Code of medical and sanitary regulations for the guidance of medical officers serving in the Madras Presidency - Volume I
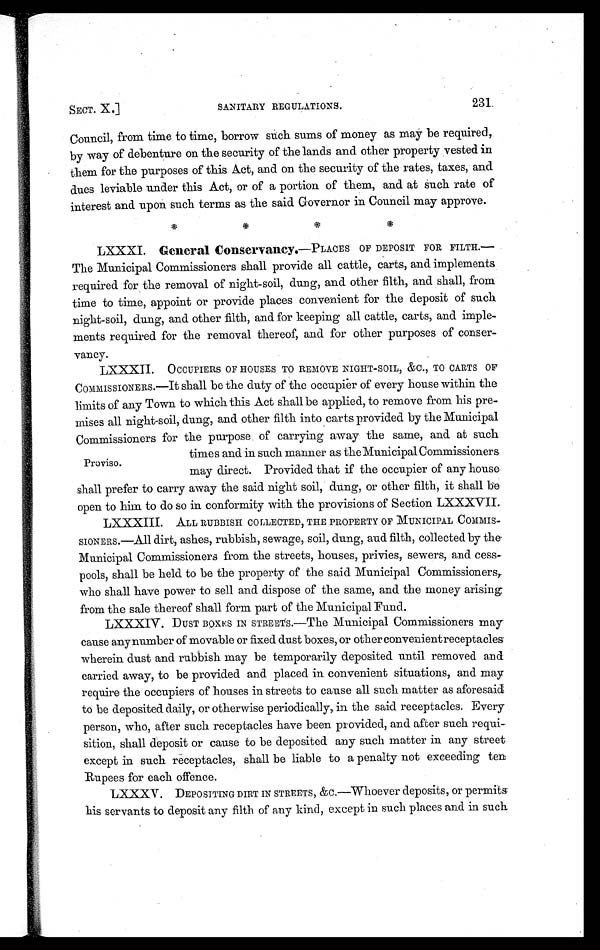
SECT. X.]
SANITARY REGULATIONS.
231
Council, from time to time, borrow such sums of money as may be required,
by way of debenture on the security of the lands and other property vested in
them for the purposes of this Act, and on the security of the rates, taxes, and
dues leviable under this Act, or of a portion of them, and at such rate of
interest and upon such terms as the said Governor in Council may approve.
* * * *
LXXXI. General Conservancy. —PLACES OF DEPOSIT FOR FILTH.—
The Municipal Commissioners shall provide all cattle, carts, and implements
required for the removal of night-soil, dung, and other filth, and shall, from
time to time, appoint or provide places convenient for the deposit of such
night-soil, dung, and other filth, and for keeping all cattle, carts, and imple-
ments required for the removal thereof, and for other purposes of conser-
vancy.
Proviso.
LXXXII. OCCUPIERS OF HOUSES TO REMOVE NIGHT-SOIL, &C., TO CARTS OF
COMMISSIONERS.—It shall be the duty of the occupier of every house within the
limits of any Town to which this Act shall be applied, to remove from his pre-
mises all night-soil, dung, and other filth into carts provided by the Municipal
Commissioners for the purpose of carrying away the same, and at such
times and in such manner as the Municipal Commissioners
may direct. Provided that if the occupier of any house
shall prefer to carry away the said night soil, dung, or other filth, it shall he
open to him to do so in conformity with the provisions of Section LXXXVII.
LXXXIII. ALL RUBBISH COLLECTED, THE PROPERTY OF MUNICIPAL COMMIS-
S I O N E R S . — A l l d i r t , a s h e s , r u b b i s h , s e w a g e , s o i l , d u n g , a n d f i l t h , c o l l e c t e d b y t h e
Municipal Commissioners from the streets, houses, privies, sewers, and cess-
pools, shall be held to be the property of the said Municipal Commissioners,
who shall have power to sell and dispose of the same, and the money arising
from the sale thereof shall form part of the Municipal Fund.
LXXXIV. DUST BOXES IN STREETS.—The Municipal Commissioners may
cause any number of movable or fixed dust boxes, or other convenientreceptacles
wherein dust and rubbish may be temporarily deposited until removed and
carried away, to be provided and placed in convenient situations, and may
require the occupiers of houses in streets to cause all such matter as aforesaid
to be deposited daily, or otherwise periodically, in the said receptacles. Every
person, who, after such receptacles have been provided, and after such requi-
sition, shall deposit or cause to be deposited any such matter in any street
except in such receptacles, shall be liable to a penalty not exceeding ten
Rupees for each offence.
LXXXV. DEPOSITING DIRT IN STREETS, &C.—Whoever deposits, or permits
his servants to deposit any filth of any kind, except in such places and in such